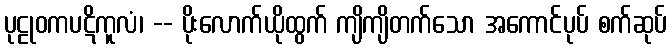
ပုဠုဝကပဋိကူလံ၊ -- ပိုးလောက်ယိုထွက် ကျိကျိတက်သော အကောင်ပုပ် စက်ဆုပ်